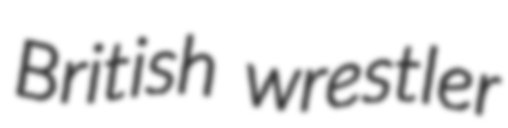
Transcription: British wrestler